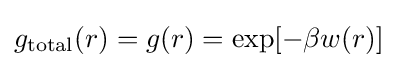
g_{\rm {total}}(r)=g(r)=\exp[-\beta w(r)]